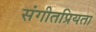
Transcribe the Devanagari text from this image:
संगीतप्रियता